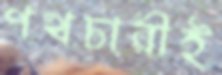
পথচারীই